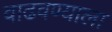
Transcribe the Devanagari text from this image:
वाढवण्याला